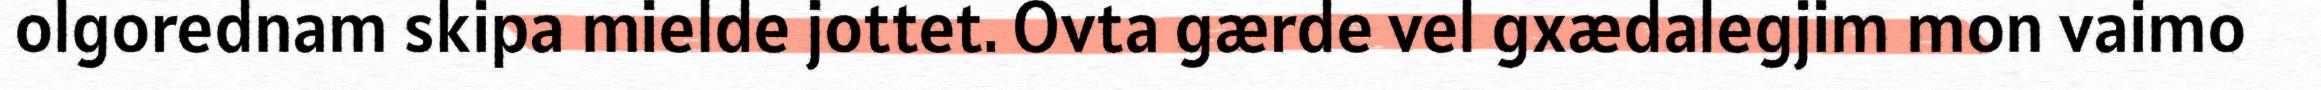
olgorednam skipa mielde jottet. Ovta gærde vel gxædalegjim mon vaimo